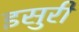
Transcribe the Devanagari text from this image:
इसुरी